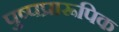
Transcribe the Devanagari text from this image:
पुष्पप्रारूपिक